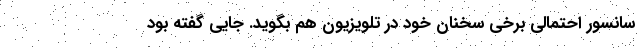
سانسور احتمالی برخی سخنان خود در تلویزیون هم بگوید. جایی گفته بود